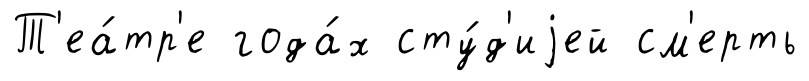
Т'еа́тр'е года́х сту́д'иjей см'ерть